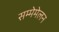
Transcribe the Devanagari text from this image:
सम्मेमेलन